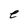
Character: e